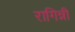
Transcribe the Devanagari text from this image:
रागिन्नी